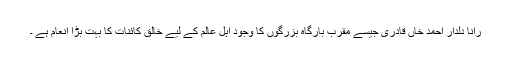
رانا دلدار احمد خاں قادری جیسے مقرب بارگاہ بزرگوں کا وجود اہل عالم کے لیے خالق کائنات کا بہت بڑا انعام ہے ۔